Scottish Certificate of Education, 1962
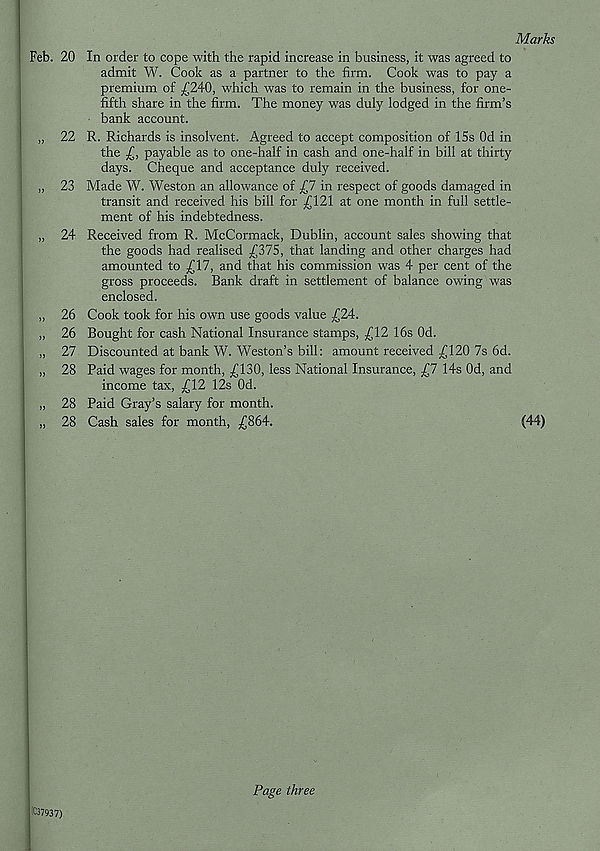
Marks
Feb. 20 In order to cope with the rapid increase in business, it was agreed to
admit W. Cook as a partner to the firm. Cook was to pay a
premium of £240, which was to remain in the business, for one-
fifth share in the firm. The money was duly lodged in the firm’s
bank account.
„ 22 R. Richards is insolvent. Agreed to accept composition of 15s Od in
the £, payable as to one-half in cash and one-half in bill at thirty
days. Cheque and acceptance duly received.
„ 23 Made W. Weston an allowance of £7 in respect of goods damaged in
transit and received his bill for £121 at one month in full settle-
ment of his indebtedness.
„ 24 Received from R. McCormack, Dublin, account sales showing that
the goods had realised £375, that landing and other charges had
amounted to £17, and that his commission was 4 per cent of the
gross proceeds. Bank draft in settlement of balance owing was
enclosed.
„ 26 Cook took for his own use goods value £24.
„ 26 Bought for cash National Insurance stamps, £12 16s Od.
„ 27 Discounted at bank W. Weston’s bill: amount received £120 7s 6d.
„ 28 Paid wages for month, £130, less National Insurance, £7 14s Od, and
income tax, £12 12s Od.
„ 28 Paid Gray’s salary for month.
„ 28 Cash sales for month, £864.
(44)
IC37937)
Page three